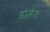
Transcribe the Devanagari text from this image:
डोबेल